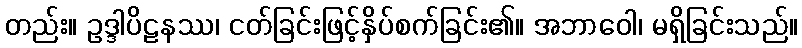
တည်း။ ဥဒ္ဒါပိဠနဿ၊ ငတ်ခြင်းဖြင့်နှိပ်စက်ခြင်း၏။ အဘာဝေါ၊ မရှိခြင်းသည်။